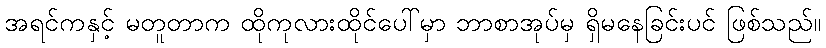
အရင်ကနှင့် မတူတာက ထိုကုလားထိုင်ပေါ်မှာ ဘာစာအုပ်မှ ရှိမနေခြင်းပင် ဖြစ်သည်။